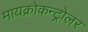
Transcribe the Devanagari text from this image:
मायक्रोकन्ट्रोलर